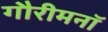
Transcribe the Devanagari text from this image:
गौरीमनॉ